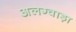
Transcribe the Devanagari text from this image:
अलग्वाड़ा